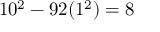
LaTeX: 1 0 ^ { 2 } - 9 2 ( 1 ^ { 2 } ) = 8